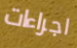
اجراءات